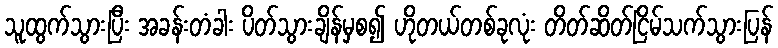
သူထွက်သွားပြီး အခန်းတံခါး ပိတ်သွားချိန်မှစ၍ ဟိုတယ်တစ်ခုလုံး တိတ်ဆိတ်ငြိမ်သက်သွားပြန်